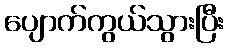
ပျောက်ကွယ်သွားပြီး